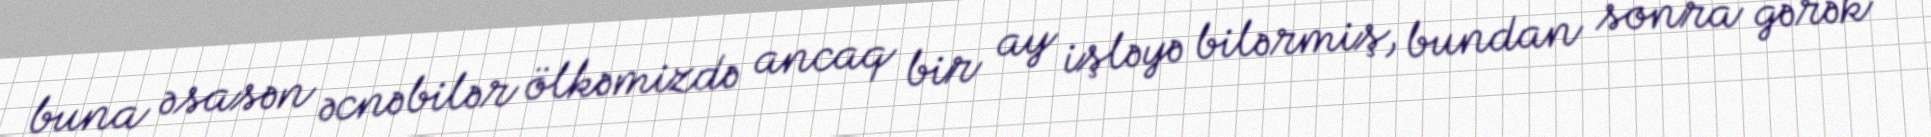
buna əsasən əcnəbilər ölkəmizdə ancaq bir ay işləyə bilərmiş, bundan sonra gərək